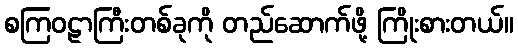
စကြဝဠာကြီးတစ်ခုကို တည်ဆောက်ဖို့ ကြိုးစားတယ်။